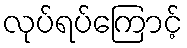
လုပ်ရပ်ကြောင့်